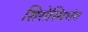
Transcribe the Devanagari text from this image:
शिरोस्थिभंग